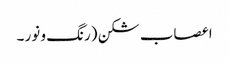
اعصاب شکن (رنگ و نور ۔